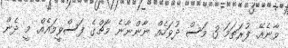
ވާނެއޭ. ފުރަތަމަ 3 މަސް ދުވަހެއް ނާންނާނެ މާޗްގެ ފަސްވީމައެއް. މީ ދެން